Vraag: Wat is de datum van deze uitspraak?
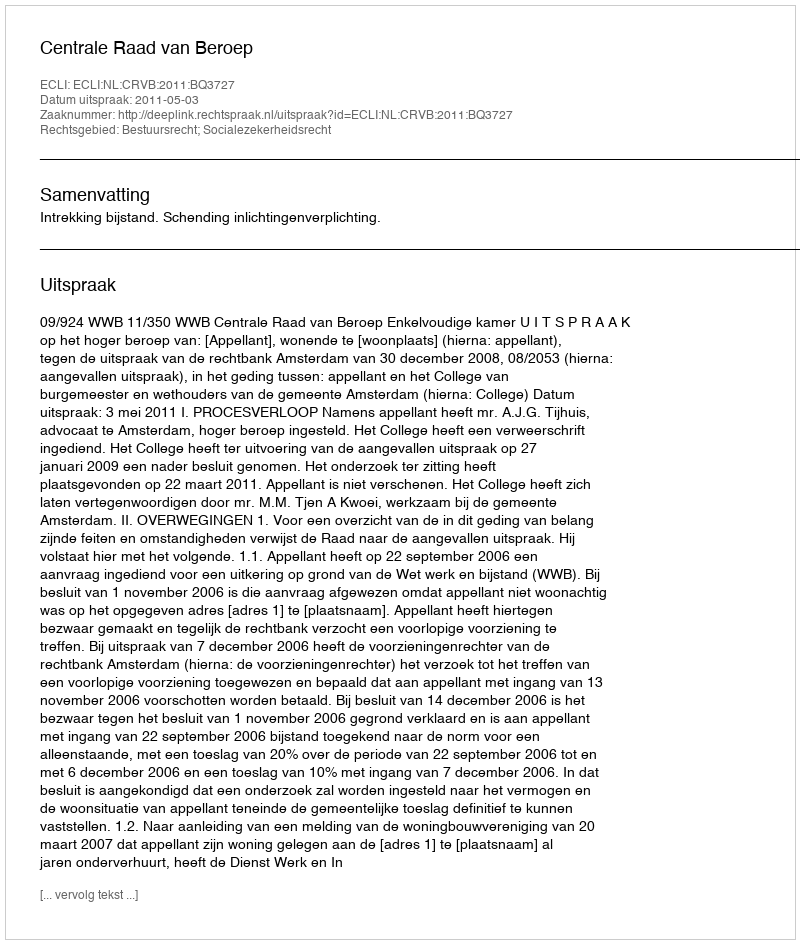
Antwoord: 2011-05-03